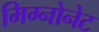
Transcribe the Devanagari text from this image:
मिग्नोनेट